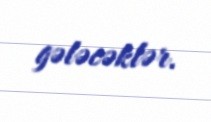
gələcəklər.